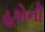
હકોની